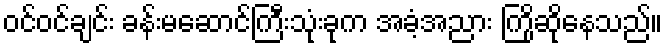
ဝင်ဝင်ချင်း ခန်းမဆောင်ကြီးသုံးခုက အခံ့အညား ကြိုဆိုနေသည်။